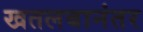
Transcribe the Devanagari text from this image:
खतलबानंतर